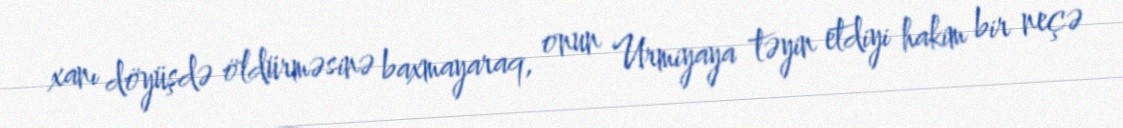
xanı döyüşdə öldürməsinə baxmayaraq, onun Urmiyaya təyin etdiyi hakim bir neçə